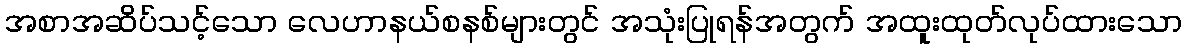
အစာအဆိပ်သင့်သော လေဟာနယ်စနစ်များတွင် အသုံးပြုရန်အတွက် အထူးထုတ်လုပ်ထားသော